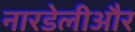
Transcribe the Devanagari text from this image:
नारडेलीऔर